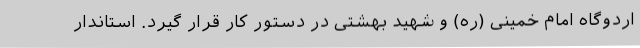
اردوگاه امام خمینی (ره) و شهید بهشتی در دستور کار قرار گیرد. استاندار